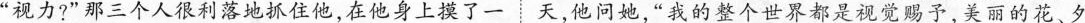
”视力?”那三个人很利落地抓住他，在他身上摸了一天，他问她，”我的整个世界都是视觉赐予，美丽的花、夕